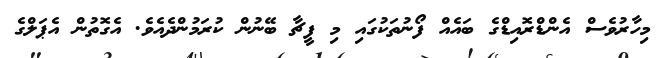
މިހާރުވެސް އެންޑްރޮއިޑްގެ ބައެއް ފޯނުތަކުގައި މި ފީޗާ ބޭނުން ކުރަމުންދެއެވެ. އެގޮތުން އެޕަލްގެ